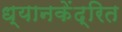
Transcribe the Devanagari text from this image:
ध्यानकेंद्रित